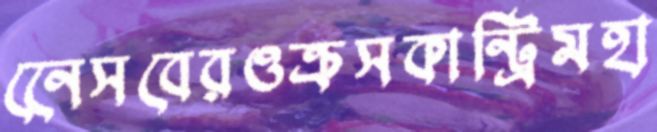
নেেসবেরওক্রসকান্ট্রিমহা